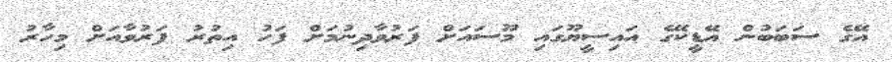
އޭގެ ސަބަބުން އޭޑީކޭގެ އައިސީޔޫގައި މޫސައަށް ފަރުވާދިނުމަށް ފަހު އިތުރު ފަރުވާއަށް މިހާރު